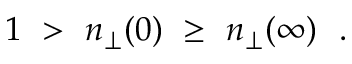
1 \ > \ n _ { \perp } ( 0 ) \ \ge \ n _ { \perp } ( \infty ) \ \ .